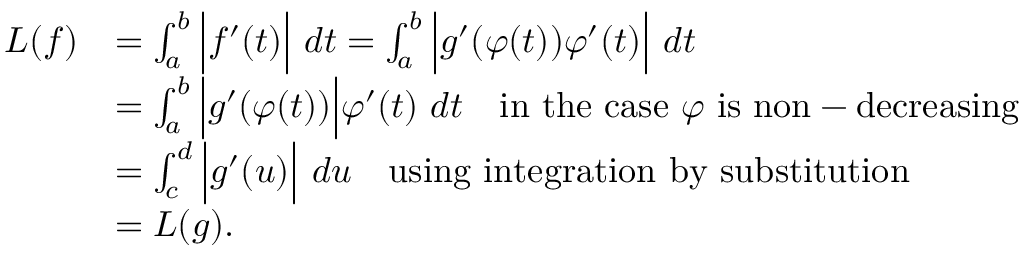
{ \begin{array} { r l } { L ( f ) } & { = \int _ { a } ^ { b } { \Big | } f ^ { \prime } ( t ) { \Big | } \ d t = \int _ { a } ^ { b } { \Big | } g ^ { \prime } ( \varphi ( t ) ) \varphi ^ { \prime } ( t ) { \Big | } \ d t } \\ & { = \int _ { a } ^ { b } { \Big | } g ^ { \prime } ( \varphi ( t ) ) { \Big | } \varphi ^ { \prime } ( t ) \ d t \quad { \mathrm { i n ~ t h e ~ c a s e ~ } } \varphi { \mathrm { ~ i s ~ n o n - d e c r e a s i n g } } } \\ & { = \int _ { c } ^ { d } { \Big | } g ^ { \prime } ( u ) { \Big | } \ d u \quad { \mathrm { u s i n g ~ i n t e g r a t i o n ~ b y ~ s u b s t i t u t i o n } } } \\ & { = L ( g ) . } \end{array} }